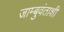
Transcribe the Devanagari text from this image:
जाम्बुवंताशी